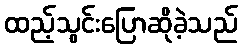
ထည့်သွင်းပြောဆိုခဲ့သည်